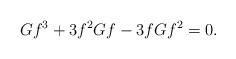
LaTeX: \begin{align*}Gf^3+3f^2Gf-3fGf^2=0.\end{align*}